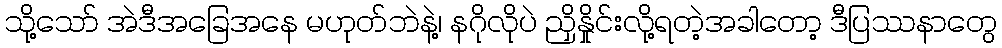
သို့သော် အဲဒီအခြေအနေ မဟုတ်ဘဲနဲ့၊ နဂိုလိုပဲ ညှိနှိုင်းလို့ရတဲ့အခါတော့ ဒီပြဿနာတွေ